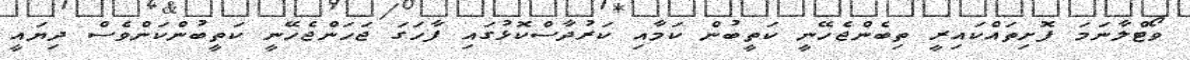
ވޯޓްލާނަމަ ފޮށިތައްކައިރީ ތިބެންޖެހޭނީ ކަތީބުން ކަމާއި ކަރުދާސްކޮޅުގައި ފާހަގަ ޖަހަންޖެހޭނީ ކަތީބުންކަންވެސް ދިޔައީ